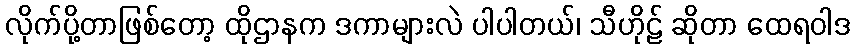
လိုက်ပို့တာဖြစ်တော့ ထိုဌာနက ဒကာများလဲ ပါပါတယ်၊ သီဟိုဠ် ဆိုတာ ထေရဝါဒ